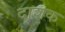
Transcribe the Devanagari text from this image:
दाशक